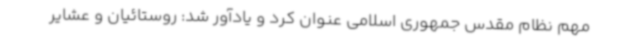
مهم نظام مقدس جمهوری اسلامی عنوان کرد و یادآور شد: روستائیان و عشایر